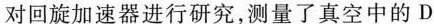
对回旋加速器进行研究，测量了真空中的D